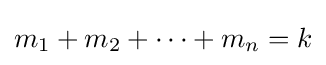
m_{1}+m_{2}+\cdots +m_{n}=k